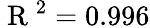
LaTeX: \mathrm{~R~}^{2}=0.996